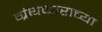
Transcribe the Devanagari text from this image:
ग्रंथकाराच्या